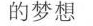
的梦想